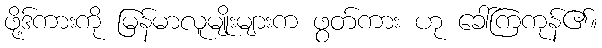
ဖို့ဒ်ကားကို မြန်မာလူမျိုးများက ဖွတ်ကား ဟု ခေါ်ကြကုန်၏။